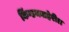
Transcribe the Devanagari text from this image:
किंग्डमबाहेरील